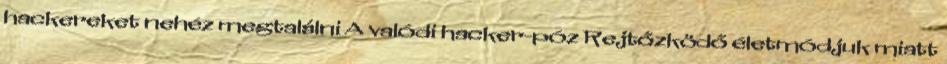
hackereket nehéz megtalálni A valódi hacker-póz Rejtőzködő életmódjuk miatt